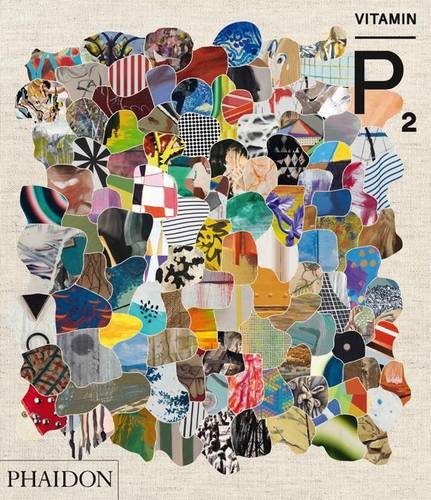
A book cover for Vitamin P2: New Perspectives in Painting; Phaidon Press; Arts & Photography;